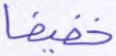
خفيفا